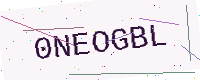
Text: 0NEOGBL